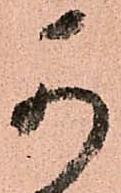
可